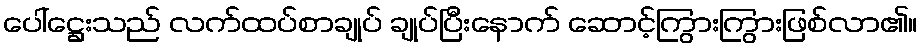
ပေါ်ဋ္ဌေးသည် လက်ထပ်စာချုပ် ချုပ်ပြီးနောက် ဆောင့်ကြွားကြွားဖြစ်လာ၏။